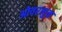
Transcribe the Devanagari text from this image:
ओवरलुक